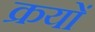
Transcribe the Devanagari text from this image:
क्रयों